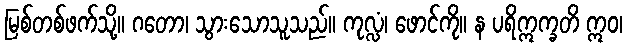
မြစ်တစ်ဖက်သို့။ ဂတော၊ သွားသောသူသည်။ ကုလ္လံ၊ ဖောင်ကို။ န ပရိဣက္ခတိ ဣဝ၊